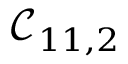
\mathcal { C } _ { 1 1 , 2 }